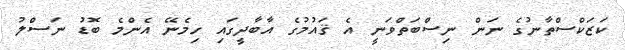
ކަޒަކްސްތާނުގެ ނަން ނިސްބަތްވަނީ އެ ޤައުމުގެ އާބާދީގައި ހިމެނޭ އެންމެ ބޮޑު ނަސްލު